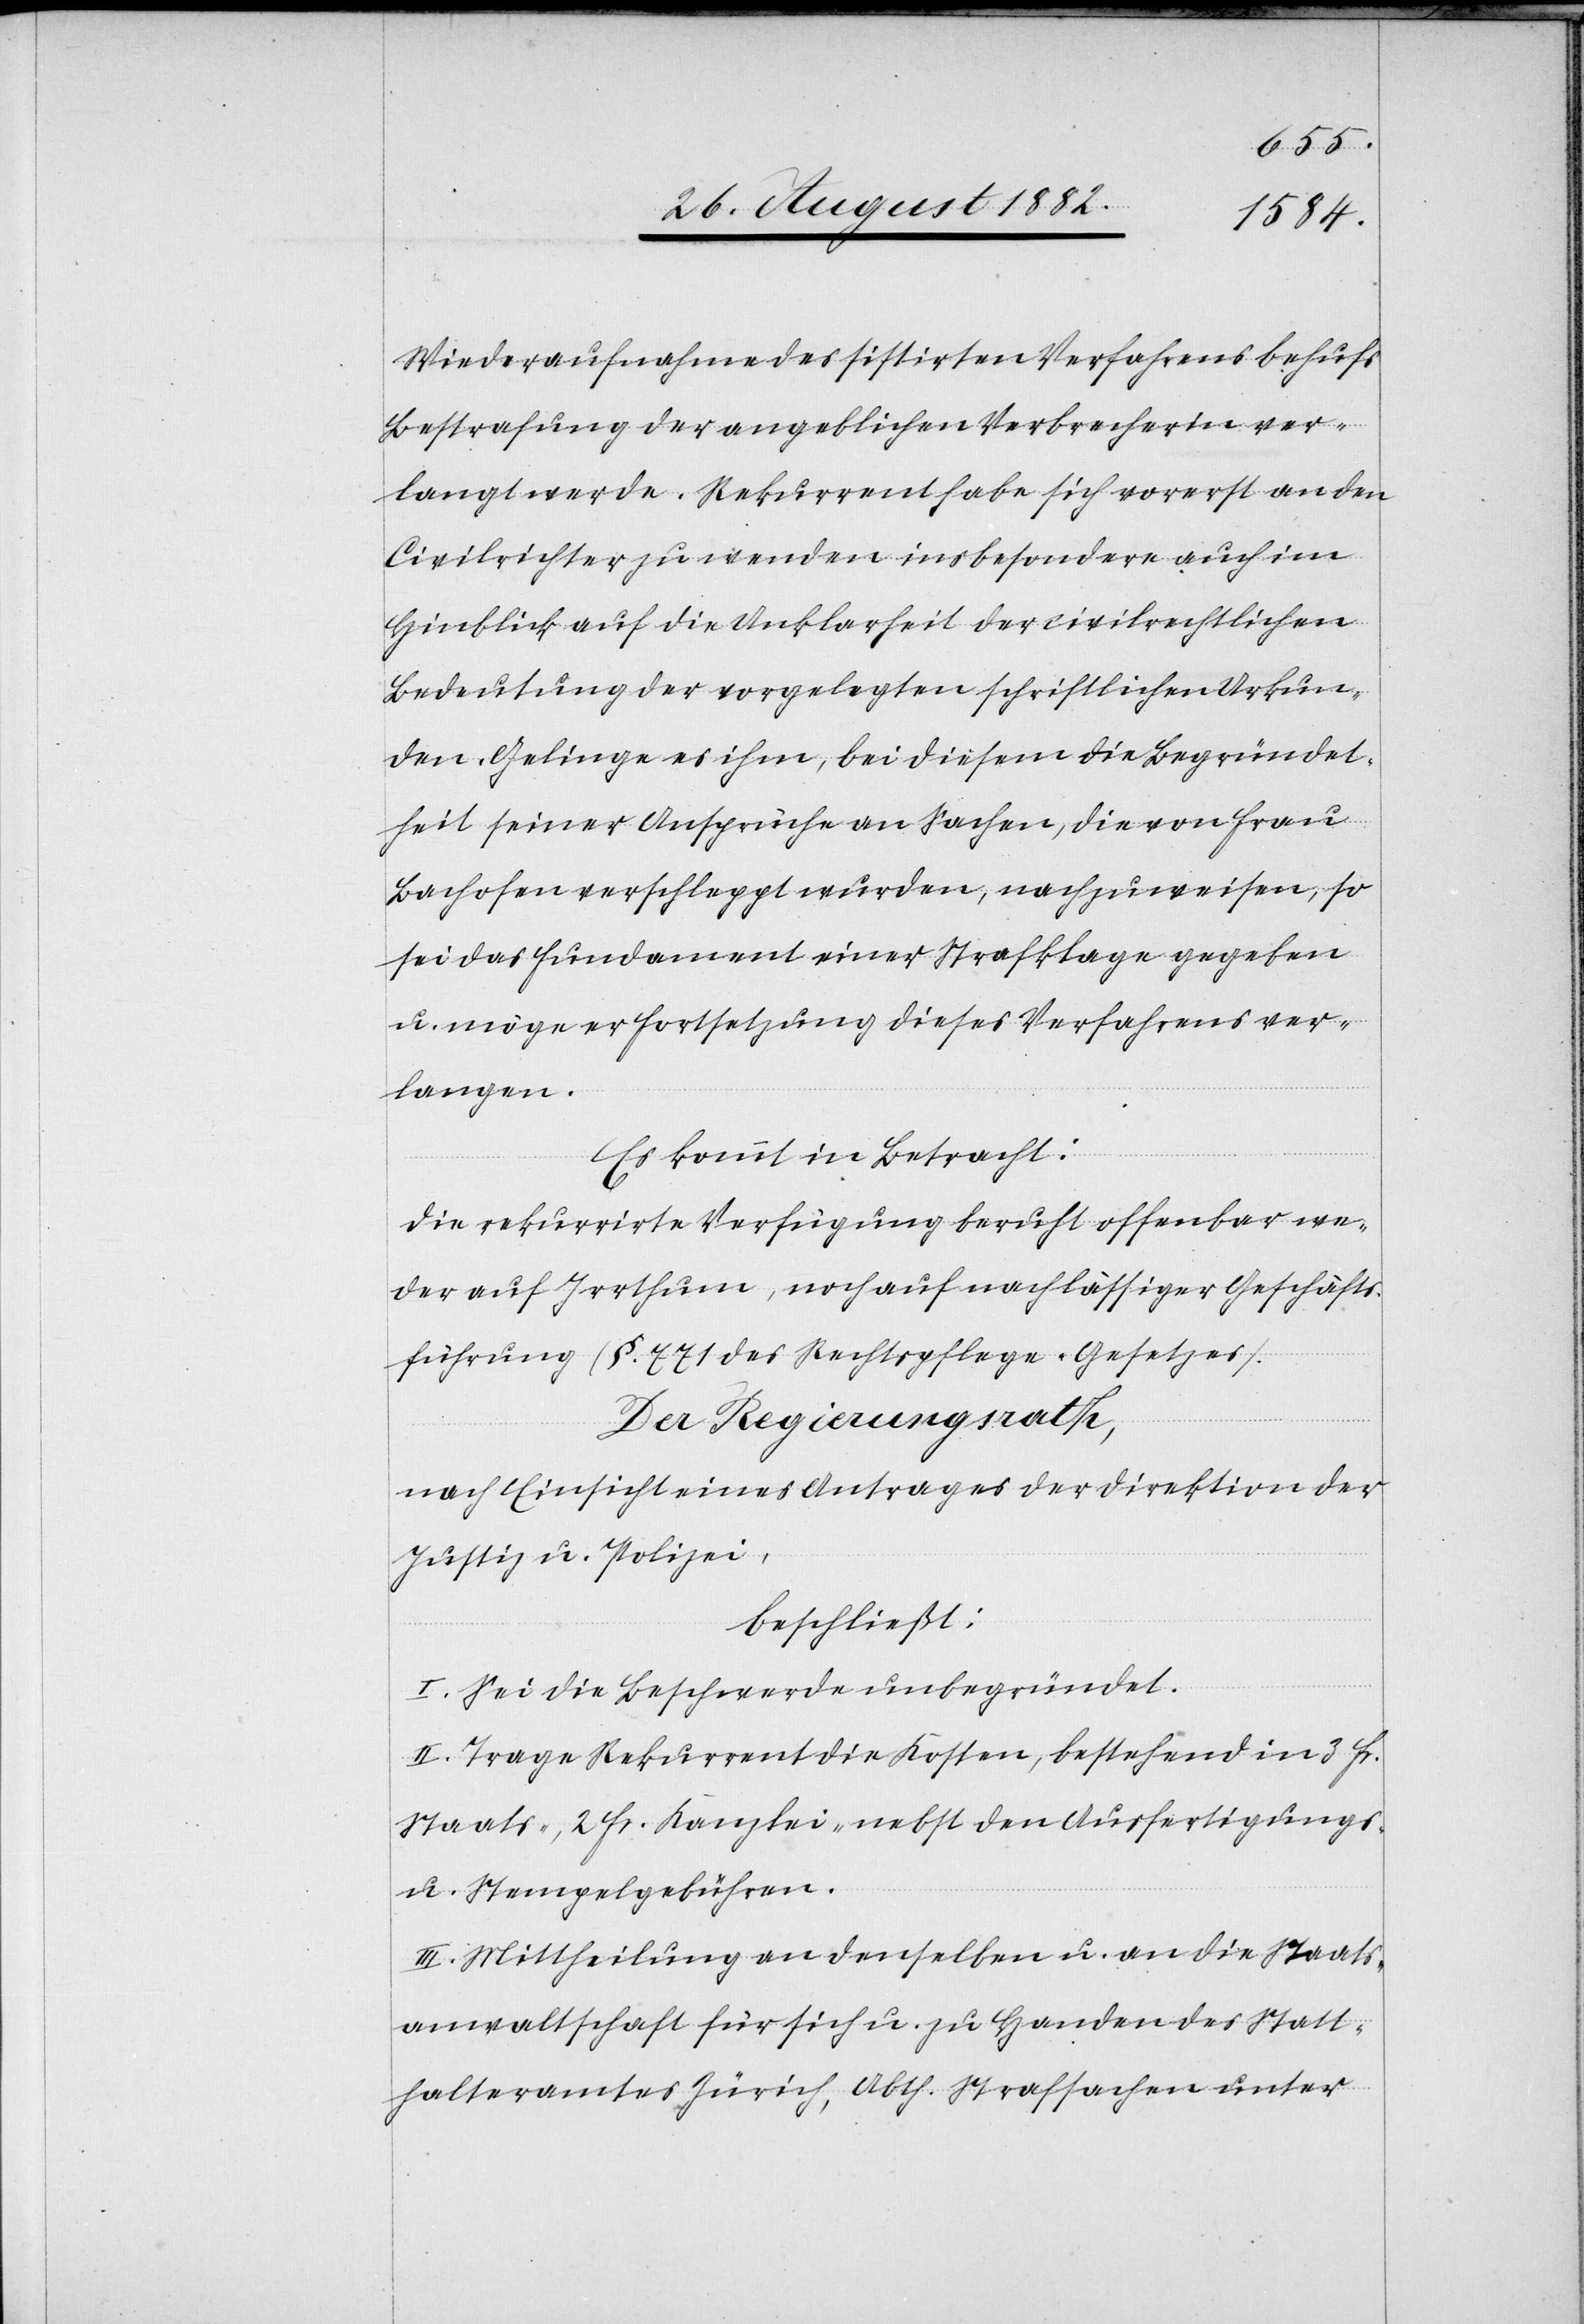
Wiederaufnahme des sistirten Verfahrens behufs
Bestrafung der angeblichen Verbrecherin ver¬
langt werde. Rekurrent habe sich vorerst an den
Civilrichter zu wenden insbesondere auch im
Hinblick auf die Unklarheit der civilrechtlichen
Bedeutung der vorgelegten schriftlichen Urkun¬
den. Gelinge es ihm, bei diesem die Begründet¬
heit seiner Ansprüche an Sachen, die von Frau
Bachofen verschleppt wurden, nachzuweisen, so
sei das Fundament einer Strafklage gegeben
u. möge er Fortsetzung dieses Verfahrens ver¬
langen.
Es kommt in Betracht:
Die rekurrirte Verfügung beruht offenbar we¬
der auf Irrthum, noch auf nachlässiger Geschäfts¬
führung (§. 771 des Rechtspflege-Gesetzes).
Der Regierungsrath,
nach Einsicht eines Antrages der Direktion der
Justiz & Polizei,
beschließt:
I. Sei die Beschwerde unbegründet.
II. Trage Rekurrent die Kosten, bestehend in 3 Fr.
Staats-, 2 Fr. Kanzlei- nebst den Ausfertigungs-
u. Stempelgebühren.
III. Mittheilung an denselben u. an die Staats¬
anwaltschaft für sich u. zu Handen des Statt¬
halteramtes Zürich, Abth. Strafsachen unter